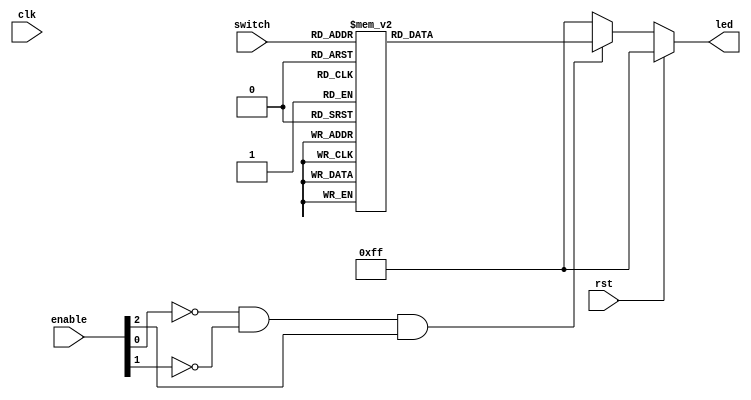
/*module decoder_38 (
    input  wire       clk   ,
	input  wire       rst   ,
	input  wire [2:0] enable,
	input  wire [2:0] switch,
	output reg  [7:0] led
);

endmodule*/

module decoder_38(switch,enable,led,clk,rst);
    input [2:0] switch;
    input [2:0] enable;
    input  clk;
	input  rst;
    output [7:0] led;
    
    reg [7:0] led;
    
always @ (switch or enable)
    begin
        if(!enable[0] & !enable[1] & enable[2])
            case(switch)
            3'b000 : led = 8'b11111110;
            3'b001 : led = 8'b11111101;
            3'b010 : led = 8'b11111011;
            3'b011 : led = 8'b11110111;
            3'b100 : led = 8'b11101111;
            3'b101 : led = 8'b11011111;
            3'b110 : led = 8'b10111111;
            3'b111 : led = 8'b01111111;
            default: led = 8'b11111111;
        endcase
        else
            led = 8'b11111111;
            if(rst) led = 8'b11111111;
    end

endmodule